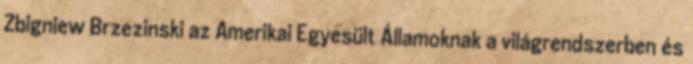
Zbigniew Brzezinski az Amerikai Egyesült Államoknak a világrendszerben és